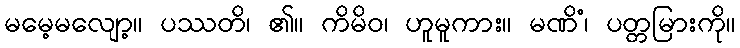
မမေ့မလျော့။ ပဿတိ၊ ၏။ ကိမိဝ၊ ဟူမူကား။ မဏိံ၊ ပတ္တမြားကို။